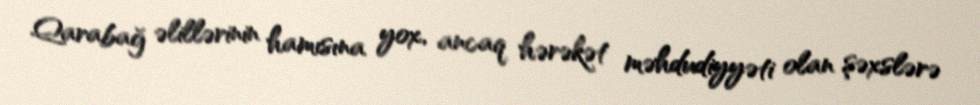
Qarabağ əlillərinin hamısına yox, ancaq hərəkət məhdudiyyəti olan şəxslərə